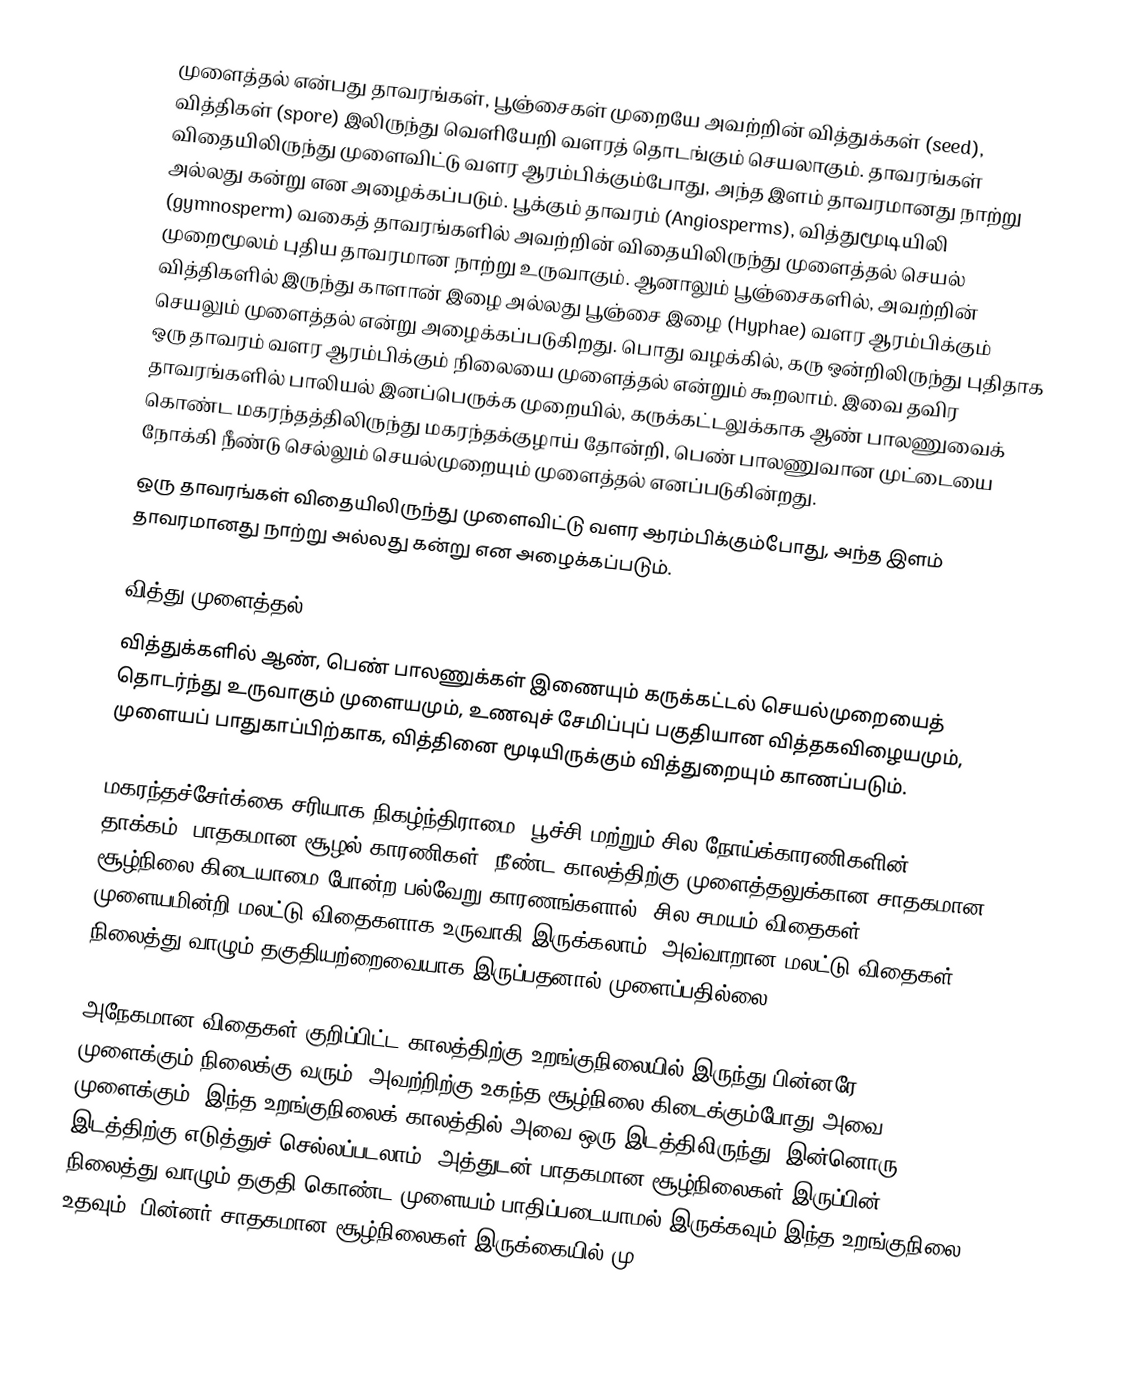
முளைத்தல் என்பது தாவரங்கள், பூஞ்சைகள் முறையே அவற்றின் வித்துக்கள் (seed), வித்திகள் (spore) இலிருந்து வெளியேறி வளரத் தொடங்கும் செயலாகும். தாவரங்கள் விதையிலிருந்து முளைவிட்டு வளர ஆரம்பிக்கும்போது, அந்த இளம் தாவரமானது நாற்று அல்லது கன்று என அழைக்கப்படும். பூக்கும் தாவரம் (Angiosperms), வித்துமூடியிலி (gymnosperm) வகைத் தாவரங்களில் அவற்றின் விதையிலிருந்து முளைத்தல் செயல் முறைமூலம் புதிய தாவரமான நாற்று உருவாகும். ஆனாலும் பூஞ்சைகளில், அவற்றின் வித்திகளில் இருந்து காளான் இழை அல்லது பூஞ்சை இழை (Hyphae) வளர ஆரம்பிக்கும் செயலும் முளைத்தல் என்று அழைக்கப்படுகிறது. பொது வழக்கில், கரு ஒன்றிலிருந்து புதிதாக ஒரு தாவரம் வளர ஆரம்பிக்கும் நிலையை முளைத்தல் என்றும் கூறலாம். இவை தவிர தாவரங்களில் பாலியல் இனப்பெருக்க முறையில், கருக்கட்டலுக்காக ஆண் பாலணுவைக் கொண்ட மகரந்தத்திலிருந்து மகரந்தக்குழாய் தோன்றி, பெண் பாலணுவான முட்டையை நோக்கி நீண்டு செல்லும் செயல்முறையும் முளைத்தல் எனப்படுகின்றது.
ஒரு தாவரங்கள் விதையிலிருந்து முளைவிட்டு வளர ஆரம்பிக்கும்போது, அந்த இளம் தாவரமானது நாற்று அல்லது கன்று என அழைக்கப்படும்.

வித்து முளைத்தல்
வித்துக்களில் ஆண், பெண் பாலணுக்கள் இணையும் கருக்கட்டல் செயல்முறையைத் தொடர்ந்து உருவாகும் முளையமும், உணவுச் சேமிப்புப் பகுதியான வித்தகவிழையமும், முளையப் பாதுகாப்பிற்காக, வித்தினை மூடியிருக்கும் வித்துறையும் காணப்படும்.

மகரந்தச்சேர்க்கை சரியாக நிகழ்ந்திராமை, பூச்சி மற்றும் சில நோய்க்காரணிகளின் தாக்கம், பாதகமான சூழல் காரணிகள், நீண்ட காலத்திற்கு முளைத்தலுக்கான சாதகமான சூழ்நிலை கிடையாமை போன்ற பல்வேறு காரணங்களால், சில சமயம் விதைகள் முளையமின்றி மலட்டு விதைகளாக உருவாகி இருக்கலாம். அவ்வாறான மலட்டு விதைகள் நிலைத்து வாழும் தகுதியற்றைவையாக இருப்பதனால் முளைப்பதில்லை.

அநேகமான விதைகள் குறிப்பிட்ட காலத்திற்கு உறங்குநிலையில் இருந்து பின்னரே முளைக்கும் நிலைக்கு வரும். அவற்றிற்கு உகந்த சூழ்நிலை கிடைக்கும்போது அவை முளைக்கும். இந்த உறங்குநிலைக் காலத்தில் அவை ஒரு இடத்திலிருந்து, இன்னொரு இடத்திற்கு எடுத்துச் செல்லப்படலாம். அத்துடன் பாதகமான சூழ்நிலைகள் இருப்பின், நிலைத்து வாழும் தகுதி கொண்ட முளையம் பாதிப்படையாமல் இருக்கவும் இந்த உறங்குநிலை உதவும். பின்னர் சாதகமான சூழ்நிலைகள் இருக்கையில் மு